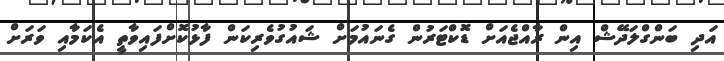
އަދި ބަންގްލަދޭޝް އިން ރާއްޖެއަށް ޑޮކްޓަރުން ގެނައުމަށް ޝައުގުވެރިކަން ފާޅުކޮށްފައިވާތީ އެކަމާއި ވަރަށް